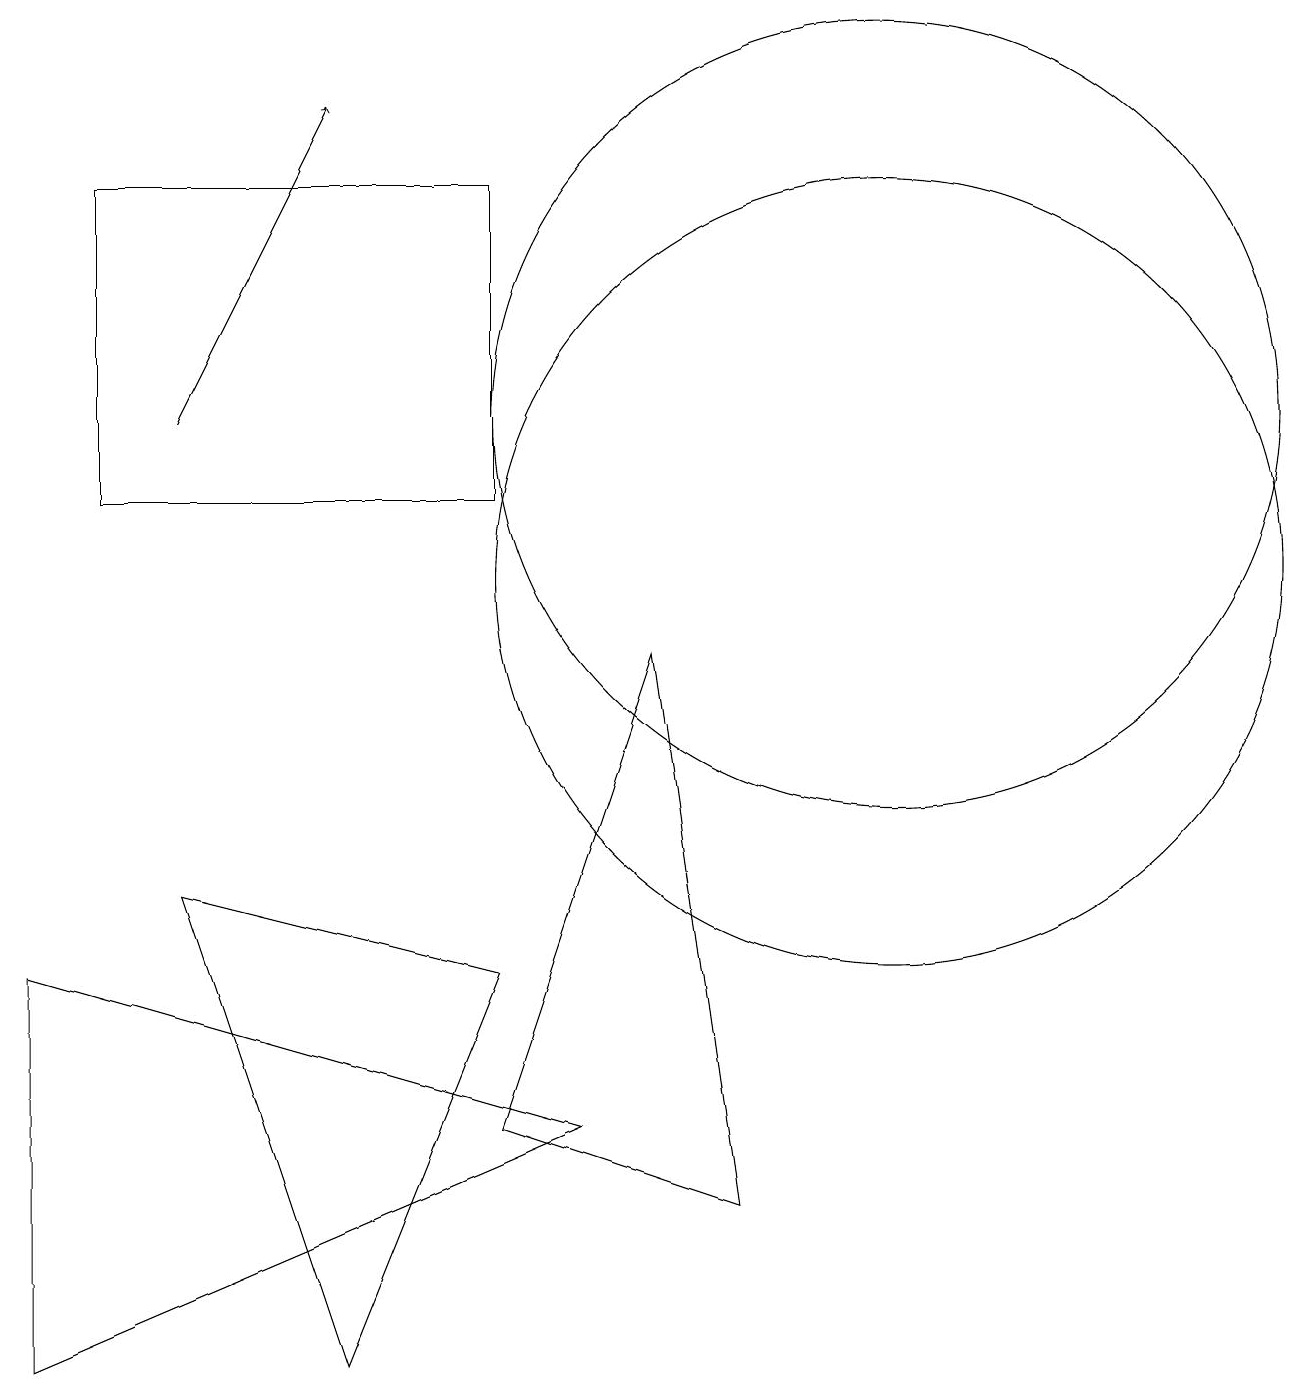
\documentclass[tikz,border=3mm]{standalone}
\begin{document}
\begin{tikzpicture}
\draw (4,0) -- (6,5) -- (2,6) -- cycle;
\draw (11,12) circle (5);
\draw (4,14) rectangle (4,14);
\draw (8,9) -- (9,2) -- (6,3) -- cycle;
\draw (11,10) circle (5);
\draw[->] (2,12) -- (4,16);
\draw (6,15) rectangle (1,11);
\draw (0,5) -- (0,0) -- (7,3) -- cycle;
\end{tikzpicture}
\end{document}